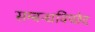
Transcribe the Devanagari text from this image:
सम्बन्धविच्छेद